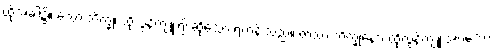
ထိုအခါ၌။ သော ဘိက္ခု၊ ထိုလွန်ကျူး၍ ဆိုသော ရဟန်းသည်။ တဿ ဘိက္ခုနော၊ ထိုလွန်ကျူးအပ်သော